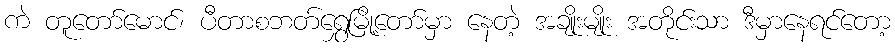
ကဲ တူတော်မောင်၊ ပီတာစဘတ်ရွှေမြို့တော်မှာ နေတဲ့ အချိုးမျိုး အတိုင်းသာ ဒီမှာနေရင်တော့